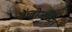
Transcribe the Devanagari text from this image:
केंब्रीजच्या